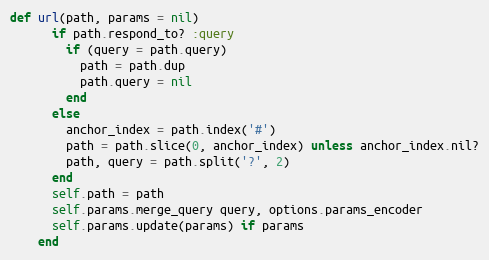
Language: Ruby
def url(path, params = nil)
      if path.respond_to? :query
        if (query = path.query)
          path = path.dup
          path.query = nil
        end
      else
        anchor_index = path.index('#')
        path = path.slice(0, anchor_index) unless anchor_index.nil?
        path, query = path.split('?', 2)
      end
      self.path = path
      self.params.merge_query query, options.params_encoder
      self.params.update(params) if params
    end